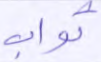
ثواب